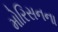
મોરિસનના